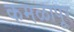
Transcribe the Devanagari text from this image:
कमळापूर